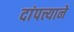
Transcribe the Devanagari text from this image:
दांपत्त्याने